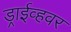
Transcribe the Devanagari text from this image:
ड्राईव्हवर